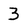
Character: 3